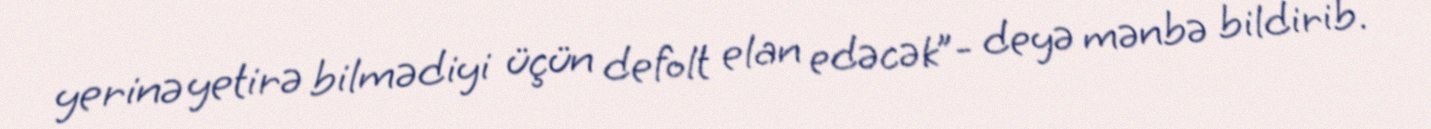
yerinə yetirə bilmədiyi üçün defolt elan edəcək”- deyə mənbə bildirib.